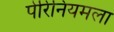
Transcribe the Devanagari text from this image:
पेरिनियमला